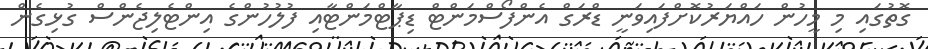
ގޮތުގައި މި މީހުން ހައްޔަރުކޮށްފައިވަނީ ޑްރަގް އެންފޯސްމަންޓް ޑިޕާޓްމަންޓާއި ފުލުހުންގެ އިންޓެލިޖެންސް ގުޅިގެން